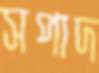
সপাদ